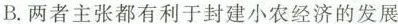
B.两者主张都有利于封建小农经济的发展